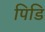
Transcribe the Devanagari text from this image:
पिडि